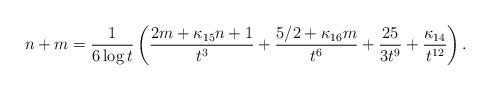
LaTeX: \begin{align*} n+m = \frac{1}{6 \log t} \left( \frac{2m+\kappa_{15}n+1}{t^3} + \frac{5/2+\kappa_{16} m}{t^6} +\frac{25}{3 t^9} + \frac{\kappa_{14}}{t^{12}} \right).\end{align*}